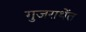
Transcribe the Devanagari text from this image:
गुजराथेंत